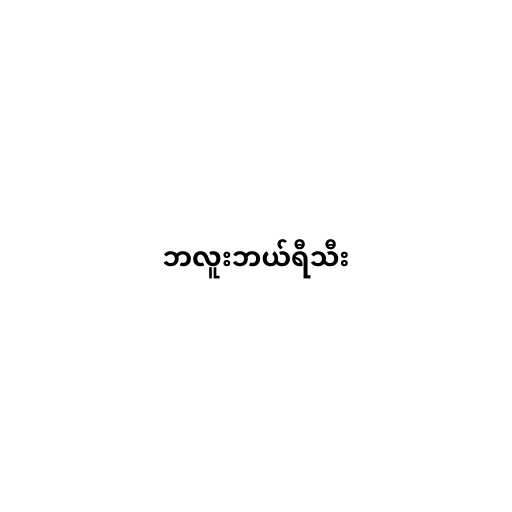
ဘလူးဘယ်ရီသီး